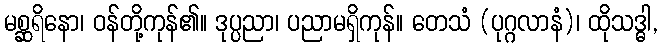
မစ္ဆရိနော၊ ဝန်တို့ကုန်၏။ ဒုပ္ပညာ၊ ပညာမရှိကုန်။ တေသံ (ပုဂ္ဂလာနံ)၊ ထိုသဒ္ဓါ,